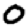
Digit: 0